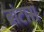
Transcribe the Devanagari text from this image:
ब्रांटास